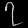
Digit: ၇